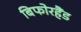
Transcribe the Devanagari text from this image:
बिफोरहैंड